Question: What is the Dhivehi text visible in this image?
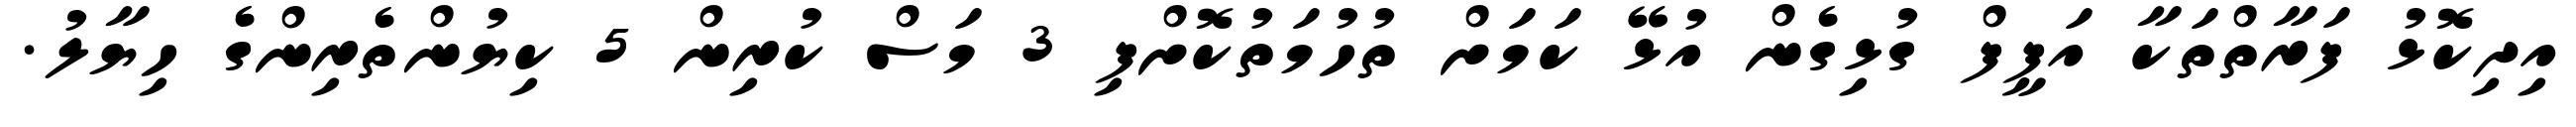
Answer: އިދިކޮޅު ފަރާތްތަކާ އަފީފް ގުޅިގެން އުޅޭ ކަމަށް ތުހުމަތުކޮށްފި 3 މަސް ކުރިން 5 ކިޔުންތެރިންގެ ހިޔާލު.